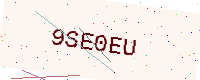
Text: 9SE0EU